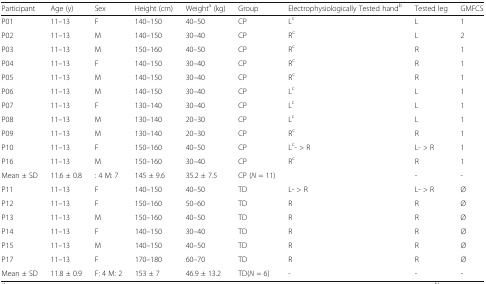
<table><thead><tr><td><b>Participant</b></td><td><b>Age (y)</b></td><td><b>Sex</b></td><td><b>Height (cm)</b></td><td><b>Weight<sup>a</sup> (kg)</b></td><td><b>Group</b></td><td><b>Electrophysiologically Tested hand<sup>b</sup></b></td><td><b>Tested leg</b></td><td><b>GMFCS</b></td></tr></thead><tbody><tr><td>P01</td><td>11–13</td><td>F</td><td>140–150</td><td>40–50</td><td>CP</td><td>L<sup>c</sup></td><td>L</td><td>1</td></tr><tr><td>P02</td><td>11–13</td><td>M</td><td>140–150</td><td>30–40</td><td>CP</td><td>R<sup>c</sup></td><td>L</td><td>2</td></tr><tr><td>P03</td><td>11–13</td><td>M</td><td>150–160</td><td>40–50</td><td>CP</td><td>R<sup>c</sup></td><td>R</td><td>1</td></tr><tr><td>P04</td><td>11–13</td><td>F</td><td>140–150</td><td>30–40</td><td>CP</td><td>R<sup>c</sup></td><td>R</td><td>1</td></tr><tr><td>P05</td><td>11–13</td><td>M</td><td>140–150</td><td>30–40</td><td>CP</td><td>R<sup>c</sup></td><td>R</td><td>1</td></tr><tr><td>P06</td><td>11–13</td><td>M</td><td>140–150</td><td>30–40</td><td>CP</td><td>L<sup>c</sup></td><td>L</td><td>1</td></tr><tr><td>P07</td><td>11–13</td><td>F</td><td>130–140</td><td>30–40</td><td>CP</td><td>L<sup>c</sup></td><td>L</td><td>1</td></tr><tr><td>P08</td><td>11–13</td><td>M</td><td>130–140</td><td>20–30</td><td>CP</td><td>L<sup>c</sup></td><td>L</td><td>1</td></tr><tr><td>P09</td><td>11–13</td><td>M</td><td>130–140</td><td>20–30</td><td>CP</td><td>R<sup>c</sup></td><td>R</td><td>1</td></tr><tr><td>P10</td><td>11–13</td><td>F</td><td>150–160</td><td>40–50</td><td>CP</td><td>L<sup>c</sup>- &gt; R</td><td>L- &gt; R</td><td>1</td></tr><tr><td>P16</td><td>11–13</td><td>M</td><td>150–160</td><td>30–40</td><td>CP</td><td>R<sup>c</sup></td><td>R</td><td>1</td></tr><tr><td>Mean ± SD</td><td>11.6 ± 0.8</td><td>: 4 M: 7</td><td>145 ± 9.6</td><td>35.2 ± 7.5</td><td>CP (<i>N</i> = 11)</td><td></td><td>-</td><td>-</td></tr><tr><td>P11</td><td>11–13</td><td>F</td><td>140–150</td><td>40–50</td><td>TD</td><td>L- &gt; R</td><td>L- &gt; R</td><td>Ø</td></tr><tr><td>P12</td><td>11–13</td><td>F</td><td>150–160</td><td>50–60</td><td>TD</td><td>R</td><td>R</td><td>Ø</td></tr><tr><td>P13</td><td>11–13</td><td>M</td><td>150–160</td><td>40–50</td><td>TD</td><td>R</td><td>R</td><td>Ø</td></tr><tr><td>P14</td><td>11–13</td><td>F</td><td>140–150</td><td>30–40</td><td>TD</td><td>R</td><td>R</td><td>Ø</td></tr><tr><td>P15</td><td>11–13</td><td>M</td><td>140–150</td><td>40–50</td><td>TD</td><td>R</td><td>R</td><td>Ø</td></tr><tr><td>P17</td><td>11–13</td><td>F</td><td>170–180</td><td>60–70</td><td>TD</td><td>R</td><td>R</td><td>Ø</td></tr><tr><td>Mean ± SD</td><td>11.8 ± 0.9</td><td>F: 4 M: 2</td><td>153 ± 7</td><td>46.9 ± 13.2</td><td>TD(<i>N</i> = 6)</td><td>-</td><td>-</td><td>-</td></tr></tbody></table>